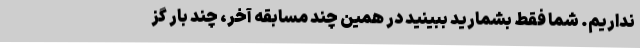
نداریم. شما فقط بشمارید ببینید در همین چند مسابقه آخر، چند بار گز